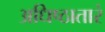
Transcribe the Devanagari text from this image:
अधिष्ठातारं